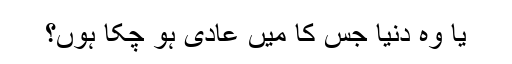
یا وہ دنیا جس کا میں عادی ہو چکا ہوں؟